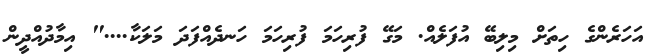
އަހަރެންގެ ހިތަށް މިލިބޭ އުފަލެއް. މަގޭ ފުރިހަމަ ފުރިހަމަ ހަނދެއްފަދަ މަލަކާ...." އިމާދުއްދީން